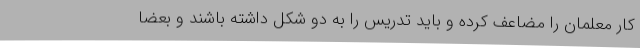
کار معلمان را مضاعف کرده و باید تدریس را به دو شکل داشته باشند و بعضا